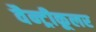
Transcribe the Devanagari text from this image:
वैन्ट्रीकूलर